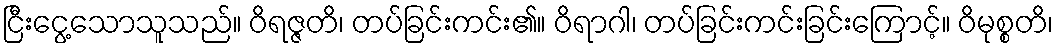
ငြီးငွေ့သောသူသည်။ ဝိရဇ္ဇတိ၊ တပ်ခြင်းကင်း၏။ ဝိရာဂါ၊ တပ်ခြင်းကင်းခြင်းကြောင့်။ ဝိမုစ္စတိ၊